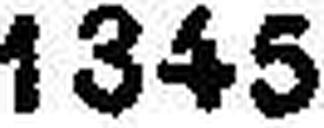
1345